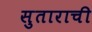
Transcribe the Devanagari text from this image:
सुताराची